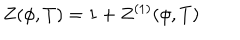
LaTeX: Z ( \phi , T ) = 1 + Z ^ { ( 1 ) } ( \phi , T )